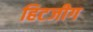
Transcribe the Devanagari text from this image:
हिटजीग